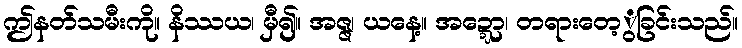
ဤနတ်သမီးကို။ နိဿယ၊ မှီ၍။ အဇ္ဇ၊ ယနေ့။ အဍ္ဍော၊ တရားတေ့ွခြင်းသည်။